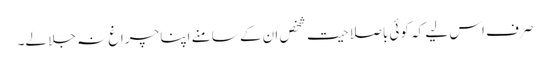
صرف اس لیے کہ کوئی باصلاحیت شخص ان کے سامنے اپنا چراغ نہ جلا لے۔